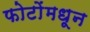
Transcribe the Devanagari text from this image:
फोटोंमधून